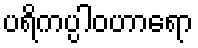
ပရိကပ္ပါဝဟာရော